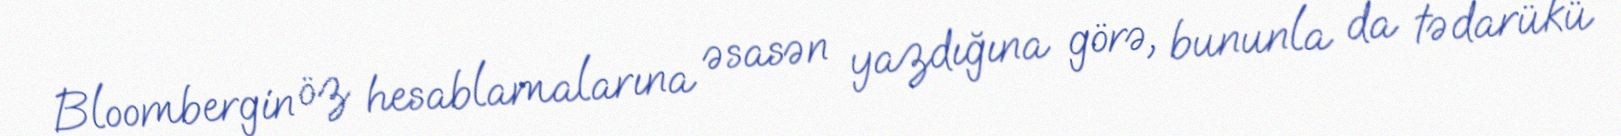
Bloombergin öz hesablamalarına əsasən yazdığına görə, bununla da tədarükü